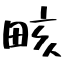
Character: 畡